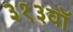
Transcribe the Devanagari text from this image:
३१३वॉ